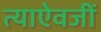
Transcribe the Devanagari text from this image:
त्याऐवजीं